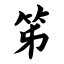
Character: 笫